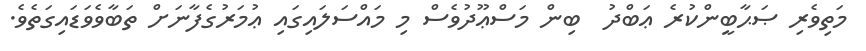
މަތިވެރި ޞަޙާބީންކުރެ ޢަބްދު  ބިން މަސްޢޫދުވެސް މި މައްސަލައިގައި ޢުމަރުގެފާނަށް ތަބާވެވަޑައިގަތެވެ.